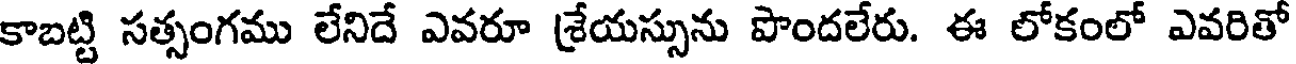
కాబట్టి సత్సంగము లేనిదే ఎవరూ శ్రేయస్సును పొందలేరు. ఈ లోకంలో ఎవరితో